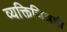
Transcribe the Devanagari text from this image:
व्यक्तिचित्रही